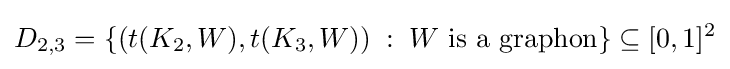
D_{2,3}=\{(t(K_{2},W),t(K_{3},W))\;:\;W{\text{ is a graphon}}\}\subseteq [0,1]^{2}